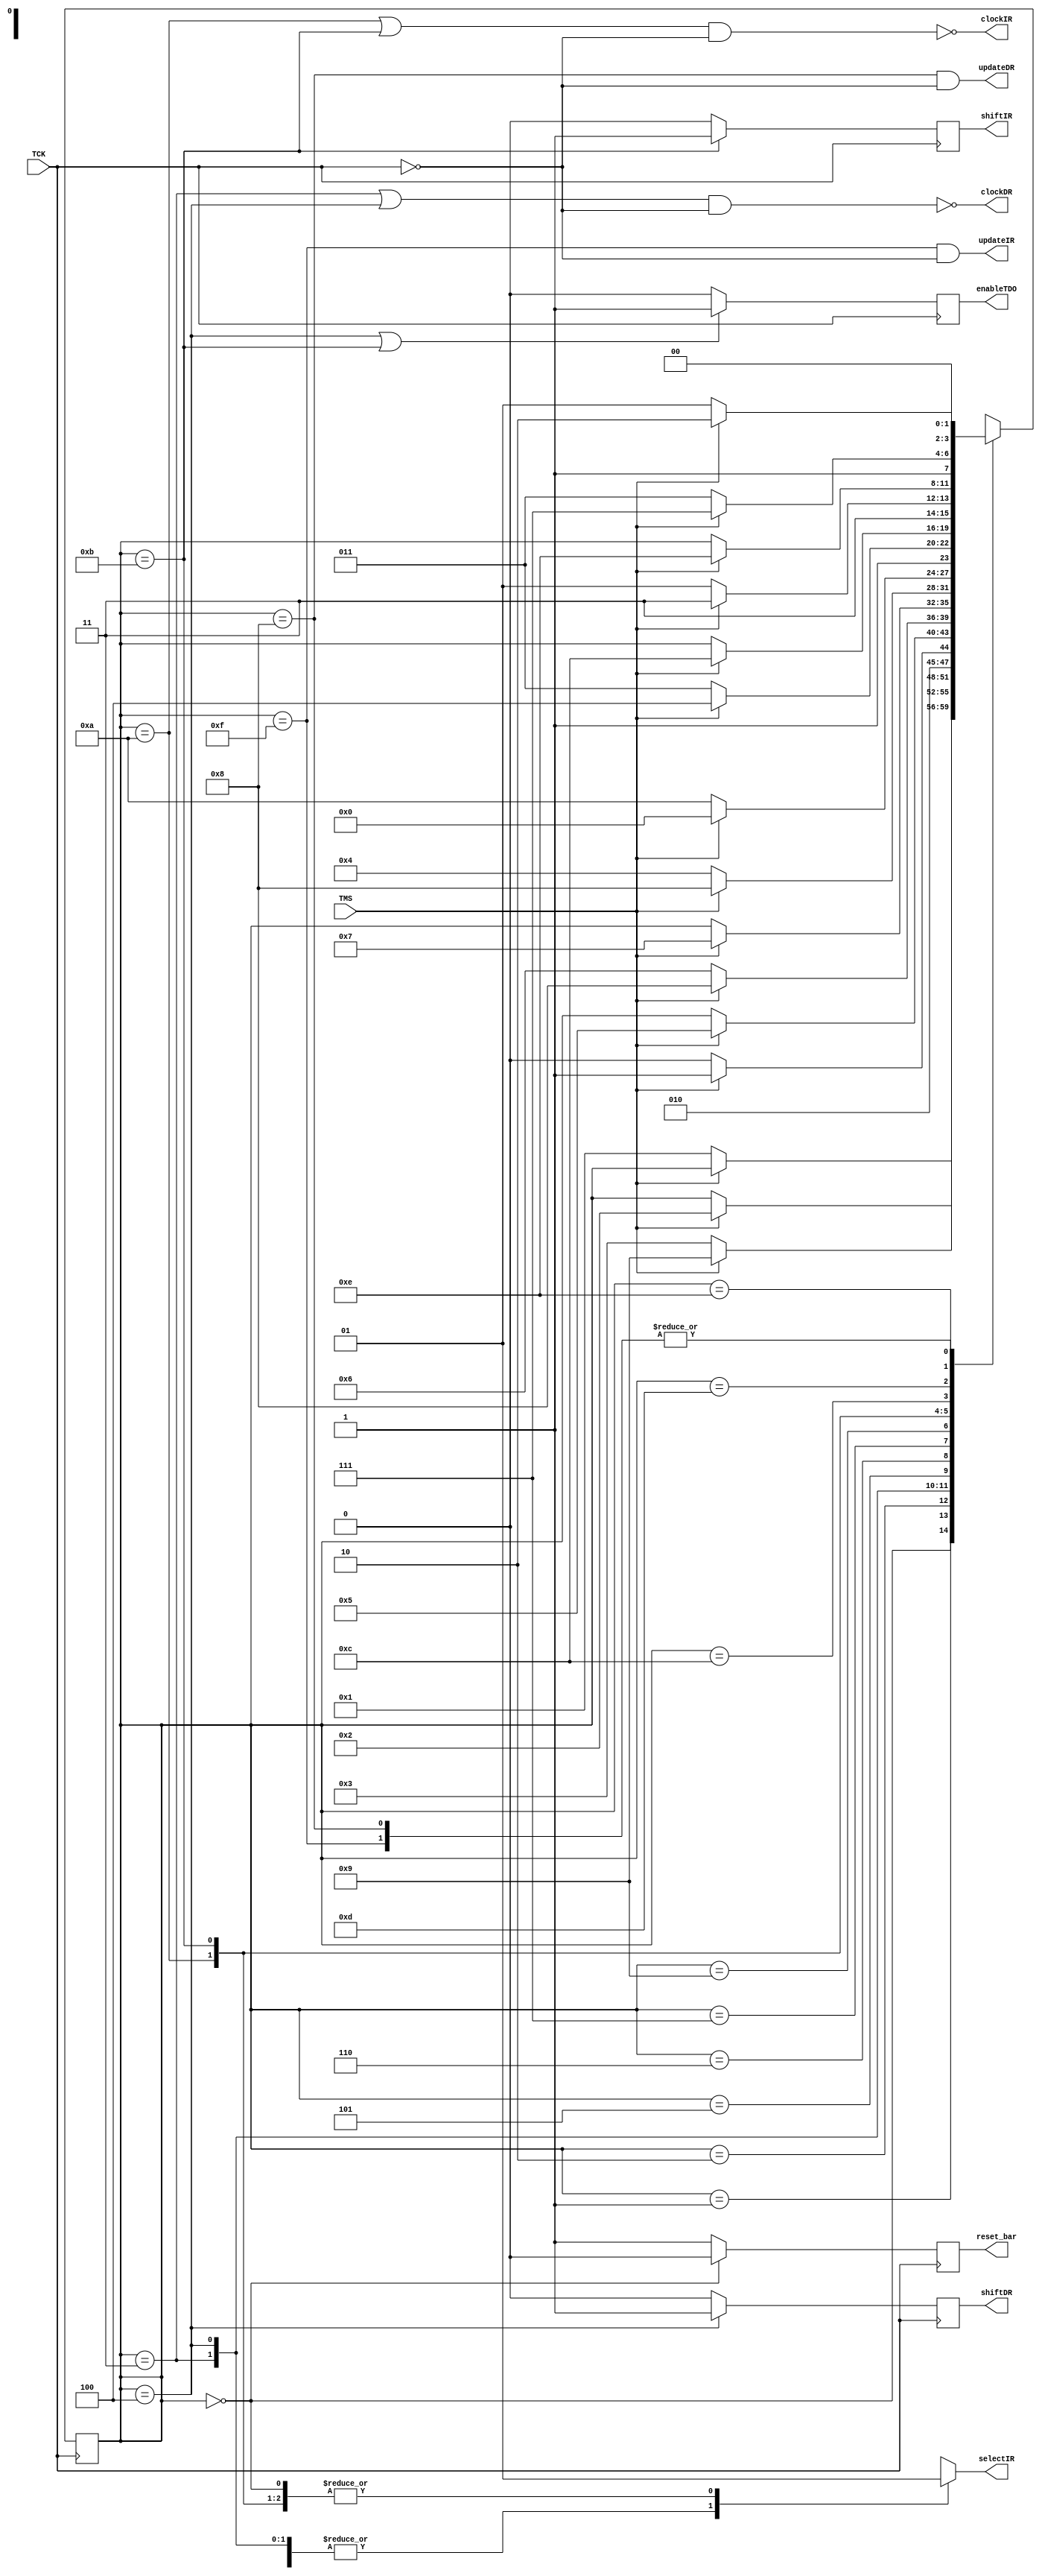
module TAP_Controller 
// Revise 5-11-2004
  (reset_bar, selectIR, shiftIR, clockIR, updateIR, shiftDR, 
    clockDR, updateDR, enableTDO, TMS, TCK);
 
  output	reset_bar, selectIR, shiftIR, clockIR, updateIR;
  output 	shiftDR, clockDR, updateDR, enableTDO;
  input 	TMS, TCK;
  reg 	reset_bar, selectIR, shiftIR, shiftDR, enableTDO;
  wire	clockIR, updateIR, clockDR, updateDR;
  parameter	S_Reset 	= 0,
S_Run_Idle	= 1,
S_Select_DR 	= 2,
S_Capture_DR 	= 3,
S_Shift_DR 	= 4,
S_Exit1_DR 	= 5,
S_Pause_DR 	= 6,
S_Exit2_DR 	= 7,
S_Update_DR 	= 8,
S_Select_IR 	= 9,
S_Capture_IR	= 10,
S_Shift_IR 	= 11,
S_Exit1_IR 	= 12,
S_Pause_IR 	= 13,
S_Exit2_IR 	= 14,
S_Update_IR 	= 15;

  reg [3:0] 	state, next_state;

 // pullup (TMS);	// Required by IEEE 1149.1a; ensures that an undriven input 
  // pullup (TDI);	// produces a response identical to the application of a logic 1."

  always @ (negedge TCK) reset_bar <= (state == S_Reset) ? 0 : 1; // Registered active low 
   
  always @ (negedge TCK) begin
    shiftDR <= (state == S_Shift_DR) ? 1 : 0; 		// Registered select for scan mode
    shiftIR <= (state == S_Shift_IR) ? 1: 0;
// Registered output enable
    enableTDO <=  ((state == S_Shift_DR) || (state == S_Shift_IR)) ? 1 : 0;  
  end

  //  Gated clocks for capture registers 
  assign clockDR = !(((state == S_Capture_DR) || (state == S_Shift_DR)) && (TCK == 0));
  assign clockIR =   !(((state == S_Capture_IR) || (state == S_Shift_IR)) && (TCK == 0));
 
 // Gated clocks for output registers
  assign updateDR = (state == S_Update_DR)  && (TCK == 0);
  assign updateIR =   (state == S_Update_IR)  && (TCK == 0);
 
  always @ (posedge TCK ) state <= next_state;

  always @ (state or TMS) begin
    selectIR = 0;
    next_state = state;

    case (state)
      S_Reset:		begin 
			  selectIR = 1; 
			  if (TMS == 0) next_state = S_Run_Idle;
			end
      S_Run_Idle:		begin selectIR = 1; if (TMS)  next_state = S_Select_DR; end
      S_Select_DR: 	next_state = TMS ? S_Select_IR: S_Capture_DR;
      S_Capture_DR: 	begin next_state = TMS ? S_Exit1_DR: S_Shift_DR; end
      S_Shift_DR:		if (TMS) next_state = S_Exit1_DR;
      S_Exit1_DR:		next_state = TMS ? S_Update_DR: S_Pause_DR;
      S_Pause_DR:	if (TMS) next_state = S_Exit2_DR;
      S_Exit2_DR:		next_state = TMS ? S_Update_DR: S_Shift_DR;
      S_Update_DR:	begin next_state = TMS ? S_Select_DR: S_Run_Idle; end
      S_Select_IR:		begin 
			  // selectIR = 1;  // Removed 5-10-2004
			  next_state = TMS ? S_Reset: S_Capture_IR; 
			end
      S_Capture_IR:	begin 
			  selectIR = 1;
			  next_state = TMS ? S_Exit1_IR: S_Shift_IR; 
			end
      S_Shift_IR:		begin selectIR = 1; if (TMS) next_state = S_Exit1_IR;	end
      S_Exit1_IR:		begin 
			  selectIR = 1; 
			  next_state = TMS ? S_Update_IR: S_Pause_IR; 
			end
      S_Pause_IR:		begin selectIR = 1; if (TMS) next_state = S_Exit2_IR; end
      S_Exit2_IR:		begin 
			  selectIR = 1; 
			  next_state = TMS ? S_Update_IR: S_Shift_IR; 
			end
      S_Update_IR:		begin 
			 selectIR = 1; 
  			 //next_state = TMS ? S_Select_IR: S_Run_Idle; //5-10- 2004
  			 next_state = TMS ? S_Select_DR: S_Run_Idle; //5-10- 2004


end
      default		next_state = S_Reset;
    endcase
  end
endmodule